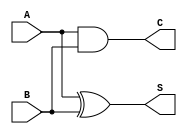
module current_mode_half_adder (
    input wire A,   // First input
    input wire B,   // Second input
    output wire S,  // Sum output
    output wire C   // Carry output
);

// Sum output (S = A XOR B)
assign S = A ^ B;

// Carry output (C = A AND B)
assign C = A & B;

endmodule